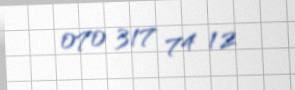
070 317 74 12